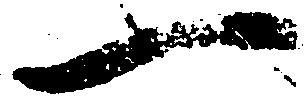
一